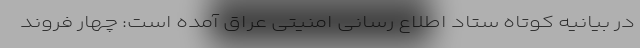
در بیانیه کوتاه ستاد اطلاع رسانی امنیتی عراق آمده است: چهار فروند